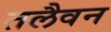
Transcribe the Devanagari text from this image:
तलैवन